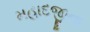
મહાદજીના